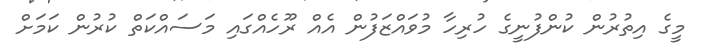
މީގެ އިތުރުން ކުންފުނީގެ ހުރިހާ މުވައްޒަފުން އެއް ރޫހެއްގައި މަސައްކަތް ކުރުން ކަމަށް